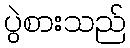
ပွဲစားသည်